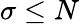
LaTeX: \sigma\leq N